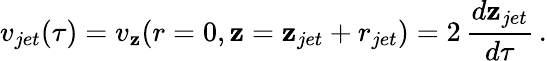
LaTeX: v_{jet}(\tau)=v_{\mathbf{z}}(r=0,\mathbf{z}=\mathbf{z}_{jet}+r_{jet})=2\, \frac{{d\mathbf{z}_{jet}}}{{d\tau}}\, .